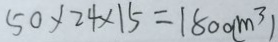
5 0 \times 2 4 \times 1 5 = 1 8 0 0 ( m ^ { 3 } )